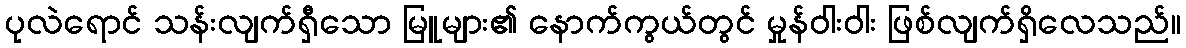
ပုလဲရောင် သန်းလျက်ရှီသော မြူများ၏ နောက်ကွယ်တွင် မှုန်ဝါးဝါး ဖြစ်လျက်ရှိလေသည်။